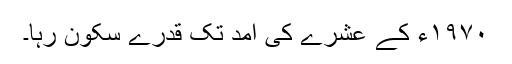
۱۹۷۰ء کے عشرے کی آمد تک قدرے سکون رہا۔